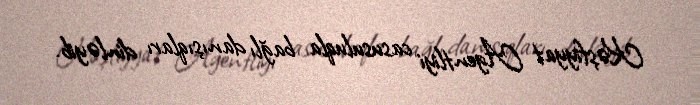
Kəşfiyyat Agentliyi casusuluqla bağlı danışıqları dinləyib.